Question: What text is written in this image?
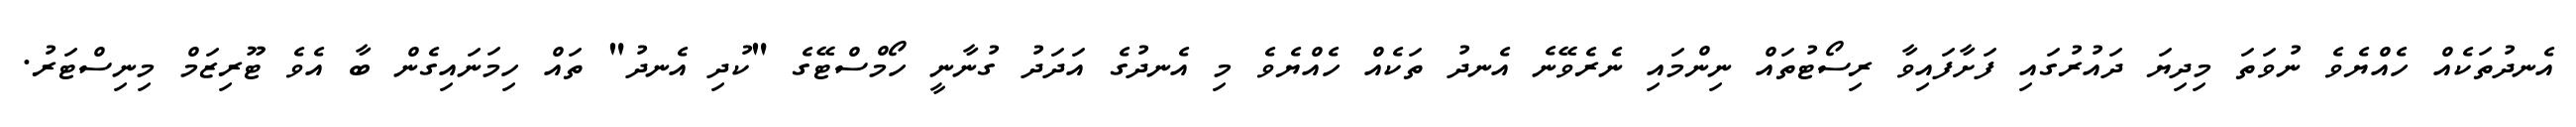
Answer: އެނދުތަކެއް ހެއްޔެވެ ނުވަތަ މިދިޔަ ދައުރުގައި ފަށާފައިވާ ރިސޯޓުތައް ނިންމައި ނެރެވޭނެ އެނދު ތަކެއް ހެއްޔެވެ މި އެނދުގެ އަދަދު ގުނާނީ ހޯމްސްޓޭގެ "ކުދި އެނދު" ތައް ހިމަނައިގެން ބާ އެވެ ޓޫރިޒަމް މިނިސްޓަރު.